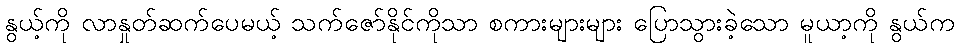
နွယ့်ကို လာနှုတ်ဆက်ပေမယ့် သက်ဇော်နိုင်ကိုသာ စကားများများ ပြောသွားခဲ့သော မူယာ့ကို နွယ်က